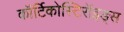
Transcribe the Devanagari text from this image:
कॉर्टिकोस्टिरॉइड्स